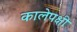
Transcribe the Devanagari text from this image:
कालेपक्षी